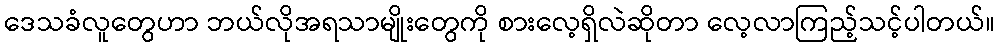
ဒေသခံလူတွေဟာ ဘယ်လိုအရသာမျိုးတွေကို စားလေ့ရှိလဲဆိုတာ လေ့လာကြည့်သင့်ပါတယ်။